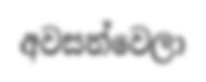
අවසන්වෙලා